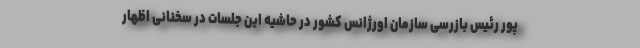
پور رئیس بازرسی سازمان اورژانس کشور در حاشیه این جلسات در سخنانی اظهار